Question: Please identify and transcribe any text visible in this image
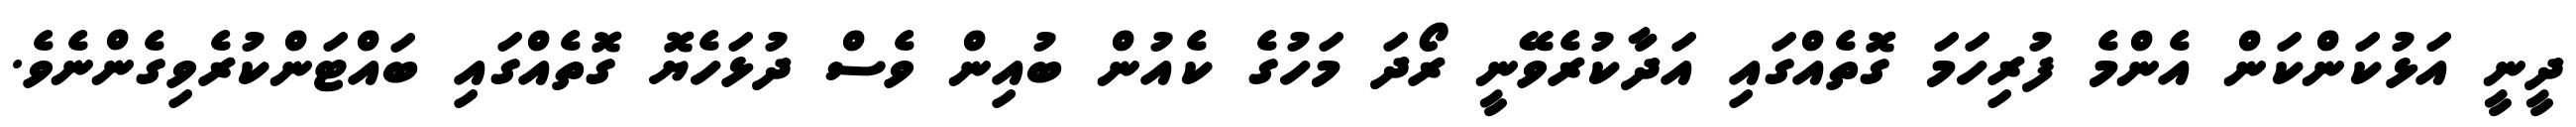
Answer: ދީނީ އަޅުކަންކަން އެންމެ ފުރިހަމަ ގޮތެއްގައި އަދާކުރެވޭނީ ރޯދަ މަހުގެ ކެއުން ބުއިން ވެސް ދުޅަހެޔޮ ގޮތެއްގައި ބައްޓަންކުރެވިގެންނެވެ.